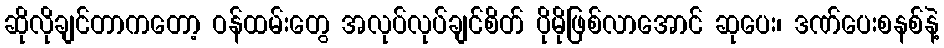
ဆိုလိုချင်တာကတော့ ဝန်ထမ်းတွေ အလုပ်လုပ်ချင်စိတ် ပိုမိုဖြစ်လာအောင် ဆုပေး၊ ဒဏ်ပေးစနစ်နဲ့